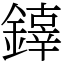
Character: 𨬟